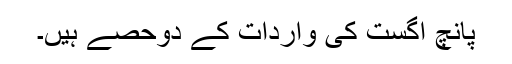
پانچ اگست کی واردات کے دوحصے ہیں۔